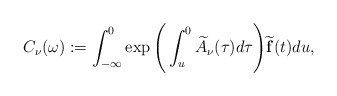
\begin{align*}C_\nu(\omega):=\int_{-\infty}^0\exp\Bigg(\int_u^0\widetilde{A}_\nu(\tau)d\tau\Bigg)\widetilde{\mathbf{f}}(t)du,\end{align*}